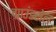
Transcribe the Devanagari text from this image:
ग्राउंडसेल